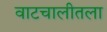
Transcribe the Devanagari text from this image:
वाटचालीतला